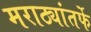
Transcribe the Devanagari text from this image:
मराठ्यांतर्फे